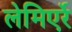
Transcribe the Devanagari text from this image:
लेमिएर्रे